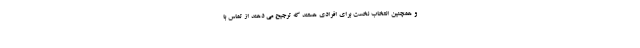
و همچنین انتخاب نخست برای افرادی هستند که ترجیح می دهند از تماس با